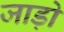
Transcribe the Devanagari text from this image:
जाड़ो